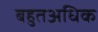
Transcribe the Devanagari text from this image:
बहुतअधिक